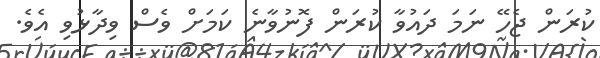
ކުރަން ޖެހޭ ނަމަ ދައުވާ ކުރަން ފޮނުވާނެ ކަމަށް ވެސް ވިދާޅުވި އެވެ.